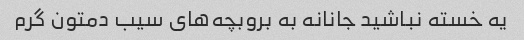
یه خسته نباشید جانانه به بروبچه‌های سیب دمتون گرم